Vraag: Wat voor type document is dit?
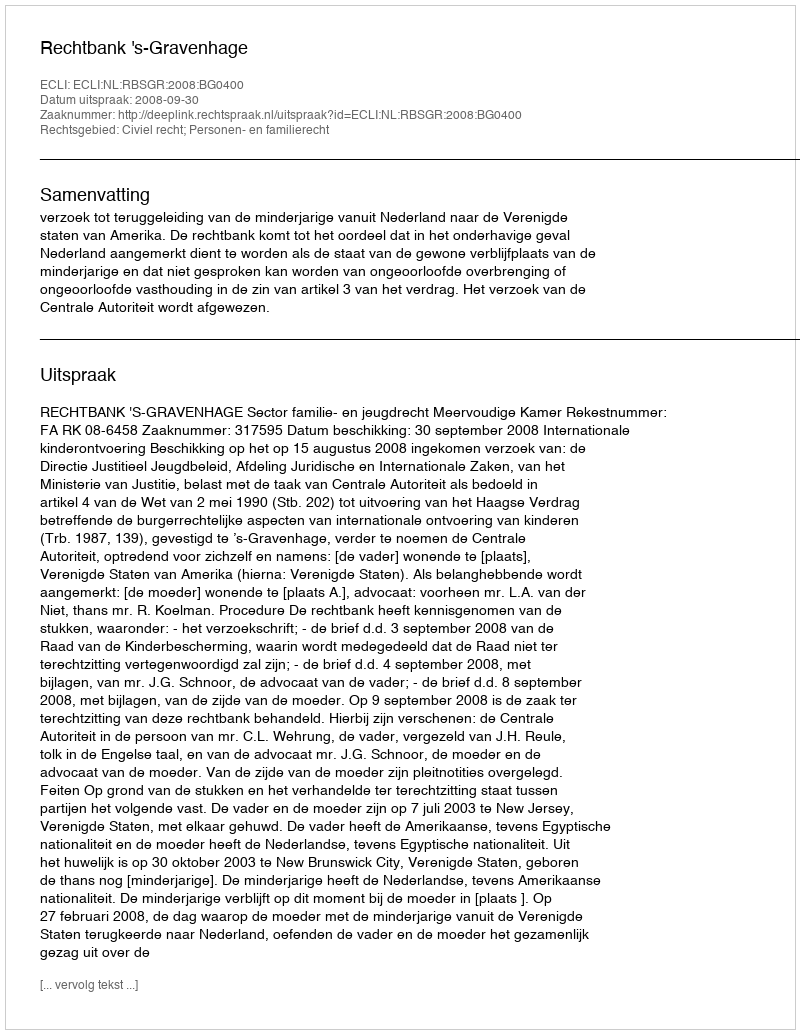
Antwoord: Uitspraak